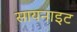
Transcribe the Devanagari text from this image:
सायनाइट